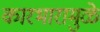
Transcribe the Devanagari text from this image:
कारभारामुळे